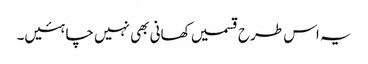
یہ اس طرح قسمیں کھانی بھی نہیں چاہئیں۔